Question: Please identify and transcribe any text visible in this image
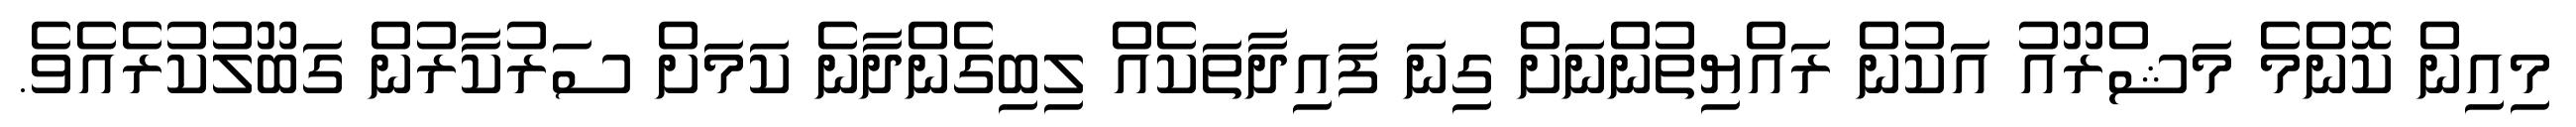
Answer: މިއިން ކޮންމެ މަޝްރޫއު އަކުން ރައްޔިތުންނަށް ގިނަ ފައިދާތަކެއް ލިބިގެންދާނެ ކަމަށް ސަރުކާރުން ގަބޫލުކުރެއެވެ.